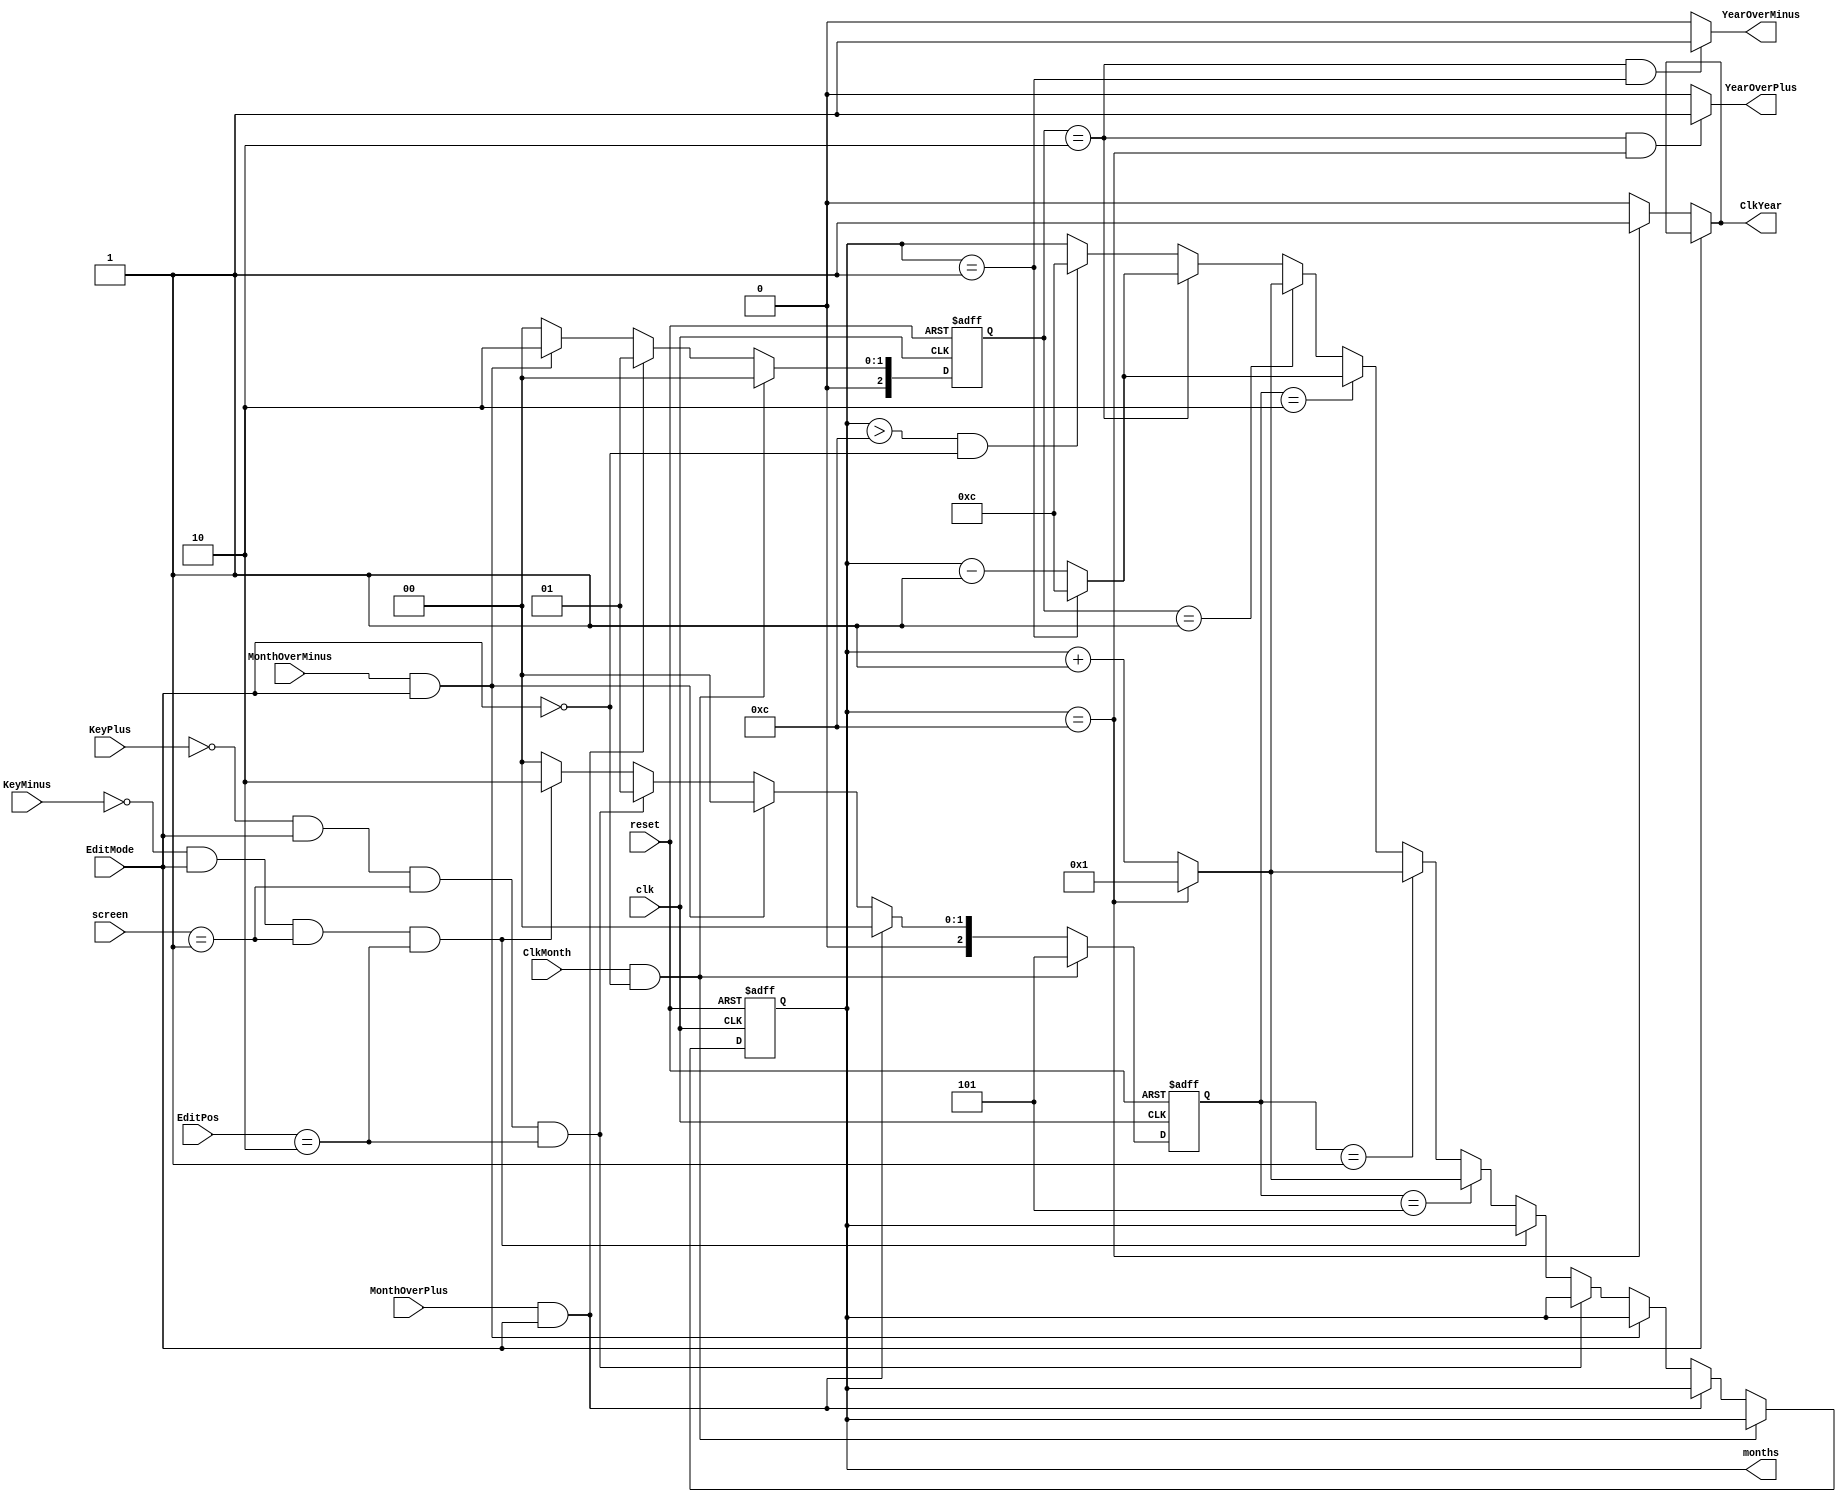
/** Months Manager
 * 
 * Input: EditPos, reset, screen, MonthOverPlus, MonthOverMinus,
 *        ClkMonth, clk, KeyPlus, KeyMinus
 * Output: months, ClkYear, YearOverPlus, YearOverMinus
 * 
 * Dependence: none
 * 
 * Function: Manage months of project
 * 
 * Description Input, Output:
 * 
 * - months: perform months of project
 * - ClkYear: the clock for years counter
 * - YearOverPlus, YearOverMinus: the signal to plus, minus year when in Time Zone Mode
 * - ClkMonth: the clock for months counter
 * - clk: the main clock for flip-flop
 * - KeyPlus, KeyMinus: plus, minus 1 unit of current position when in Edit Mode
 * - reset: to reset the project
 * - EditPos: the current position of hex. This is opposite with hex which is 0 in the leftmost while it is 7
 * - EditMode: perform Edit Mode which is high or low
 * - screen: perform the current screen
 * - MonthOverPlus, MonthOverMinus: the signal to plus, minus month when in Time Zone Mode
 */
module MonthCounter(months, ClkYear, YearOverPlus, YearOverMinus,
						ClkMonth, clk, KeyPlus, KeyMinus, reset,
						EditPos, EditMode, screen, MonthOverPlus, MonthOverMinus);
	output reg[6:0] months;
	output ClkYear, YearOverPlus, YearOverMinus;
	input [2:0] EditPos;
	input clk, ClkMonth,
			KeyPlus, KeyMinus, reset,
			EditMode, MonthOverPlus, MonthOverMinus;
	input [1:0] screen;
	
	reg [2:0] mode, mode2;
	
	assign ClkYear = EditMode == 1? ClkYear: months == 12? 1'b1: 1'b0;
	assign YearOverPlus = (mode2 == 2 && months == 12)? 1'b1: 1'b0;
	assign YearOverMinus = (mode2 == 2 && months == 1)? 1'b1: 1'b0;

	
	always @(posedge clk, negedge reset) begin
		if(~reset) begin
			months <= 11;
			mode <= 0;
			mode2 <= 0;
		end
		else if(ClkMonth && EditMode == 0) begin
			mode2 <= 0;
			mode <= 5;
		end
		else if(MonthOverPlus && EditMode == 1) begin
			mode <= 0;
			mode2 <= 1;
		end
		else if(MonthOverMinus && EditMode == 1) begin
			mode <= 0;
			mode2 <= 2;
		end
		else if(~KeyPlus && EditMode == 1 && screen == 1 && EditPos == 2) begin
			mode <= 1;
			mode2 <= 0;
		end
		else if(~KeyMinus && EditMode == 1 && screen == 1 && EditPos == 2) begin
			mode <= 2;
			mode2 <= 0;
		end
		else begin
			mode <= 0;
			mode2 <= 0;
			months <= mode == 5? (months == 12? 7'd1: months + 7'd1):
						mode == 1? (months == 12? 7'd1: months + 7'd1):
						mode == 2? (months == 1? 7'd12: months - 7'd1):
						mode2 == 1? (months == 12? 7'd1: months + 7'd1):
						mode2 == 2? (months == 1? 7'd12: months - 7'd1):
						(months > 12 && EditMode == 0)? 7'd12: months;
		end
	end
	
endmodule